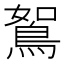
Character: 鴽